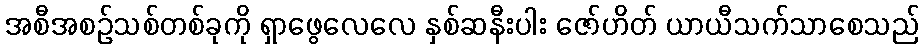
အစီအစဉ်သစ်တစ်ခုကို ရှာဖွေလေလေ နှစ်ဆနီးပါး ဇော်ဟိတ် ယာယီသက်သာစေသည်